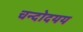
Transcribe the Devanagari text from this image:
चन्दोदयय